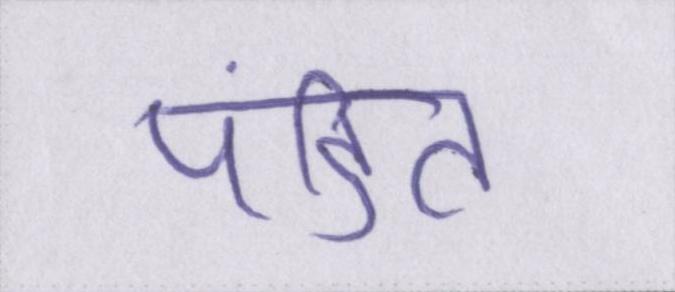
पंडित